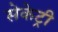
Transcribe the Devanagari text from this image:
सेकेट्री